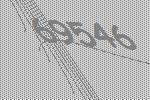
69546